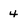
Character: 4